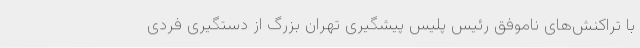
با تراکنش‌های ناموفق رئیس پلیس پیشگیری تهران بزرگ از دستگیری فردی